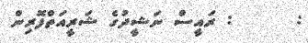
:      : ރައީސް ނަޝީދުގެ ޝަރީއަތްފޮރިން